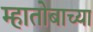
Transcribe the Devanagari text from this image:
म्हातोबाच्या